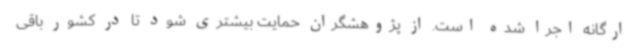
ارگانه اجرا شده است. از پژوهشگران حمایت بیشتری شود تا در کشور باقی